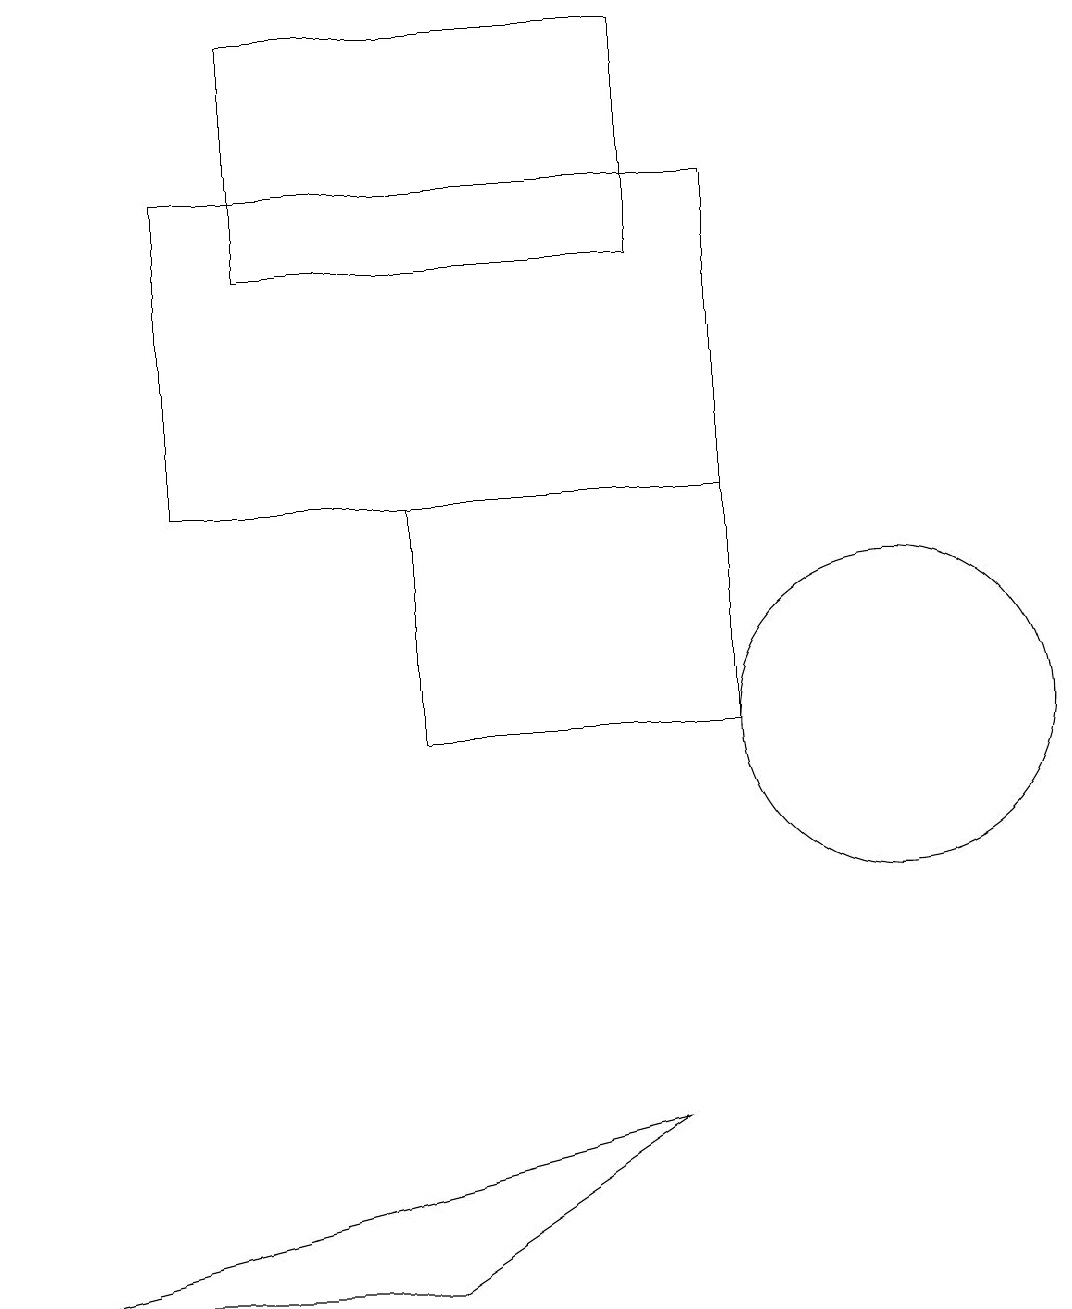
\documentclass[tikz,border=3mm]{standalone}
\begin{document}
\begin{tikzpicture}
\draw (2,17) rectangle (9,13);
\draw (8,5) -- (5,3) -- (0,3) -- cycle;
\draw (8,16) rectangle (3,19);
\draw (5,10) rectangle (9,13);
\draw (11,10) circle (2);
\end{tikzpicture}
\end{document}